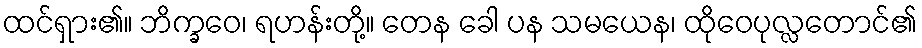
ထင်ရှား၏။ ဘိက္ခဝေ၊ ရဟန်းတို့။ တေန ခေါ ပန သမယေန၊ ထိုဝေပုလ္လတောင်၏